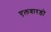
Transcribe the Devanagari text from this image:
एलवारडो